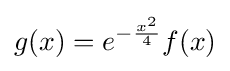
g(x)=e^{-{\frac {x^{2}}{4}}}f(x)